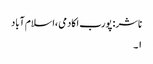
ناشر: پورب اکادمی ،اسلام آباد
۱۔